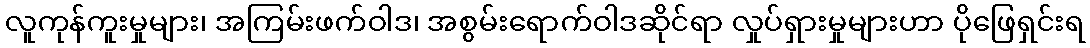
လူကုန်ကူးမှုများ၊ အကြမ်းဖက်ဝါဒ၊ အစွမ်းရောက်ဝါဒဆိုင်ရာ လှုပ်ရှားမှုများဟာ ပိုဖြေရှင်းရ